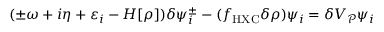
\begin{array} { r } { ( \pm \omega + i \eta + \varepsilon _ { i } - H [ \rho ] ) \delta \psi _ { i } ^ { \pm } - ( f _ { \mathrm { H X C } } \delta \rho ) \psi _ { i } = \delta V _ { \mathcal P } \psi _ { i } } \end{array}